Lunatic asylums Madras 1892-1911 - 1892-1911
Year: 1892
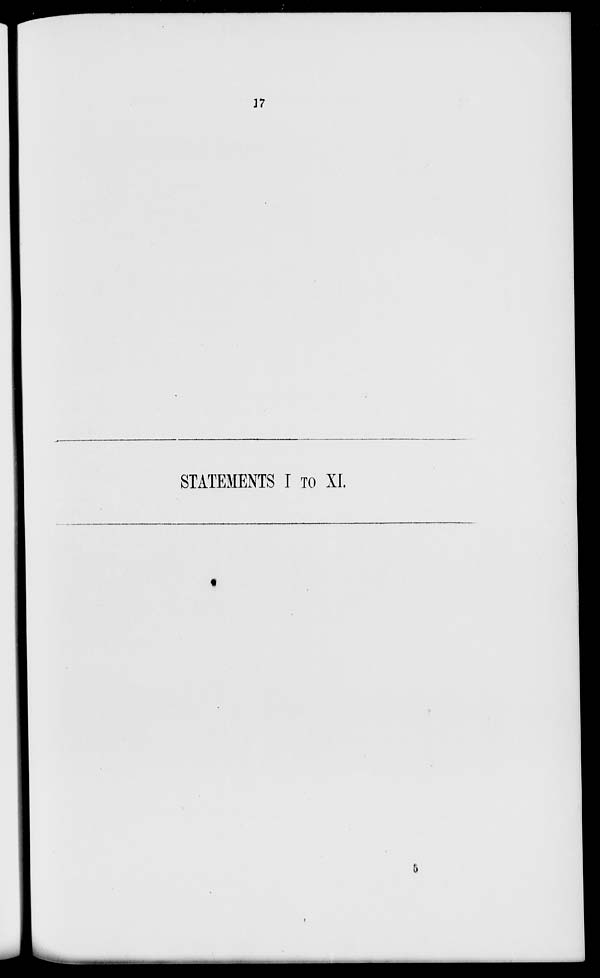
17
STATEMENTS I TO XL
6